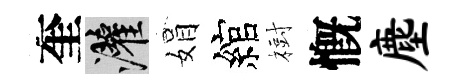
奎灌娟綰𣗳慨麈